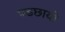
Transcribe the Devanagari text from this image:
पडछायो